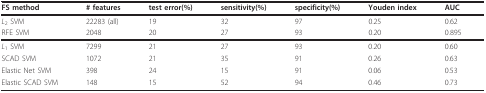
<table><thead><tr><td><b>FS method</b></td><td><b># features</b></td><td><b>test error(%)</b></td><td><b>sensitivity(%)</b></td><td><b>specificity(%)</b></td><td><b>Youden index</b></td><td><b>AUC</b></td></tr></thead><tbody><tr><td><i>L</i><sub>2 </sub>SVM</td><td>22283 (all)</td><td>19</td><td>32</td><td>97</td><td>0.25</td><td>0.62</td></tr><tr><td>RFE SVM</td><td>2048</td><td>20</td><td>27</td><td>93</td><td>0.20</td><td>0.895</td></tr><tr><td><i>L</i><sub>1 </sub>SVM</td><td>7299</td><td>21</td><td>27</td><td>93</td><td>0.20</td><td>0.60</td></tr><tr><td>SCAD SVM</td><td>1072</td><td>21</td><td>35</td><td>91</td><td>0.26</td><td>0.63</td></tr><tr><td>Elastic Net SVM</td><td>398</td><td>24</td><td>15</td><td>91</td><td>0.06</td><td>0.53</td></tr><tr><td>Elastic SCAD SVM</td><td>148</td><td>15</td><td>52</td><td>94</td><td>0.46</td><td>0.73</td></tr></tbody></table>